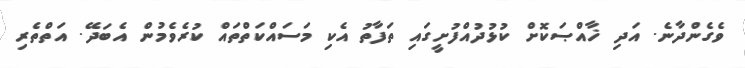
ވެގެންދާނެ. އަދި ޚާއްޞަކޮށް ކުޅުދުއްފުށީގައި ތަފާތު އެކި މަސައްކަތްތައް ކުރެވެމުން އެބަދޭ. އަތްތެރި